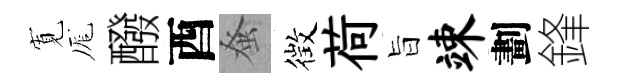
𡩖厖醱酉𫊫徴荷旨竦劃鋒